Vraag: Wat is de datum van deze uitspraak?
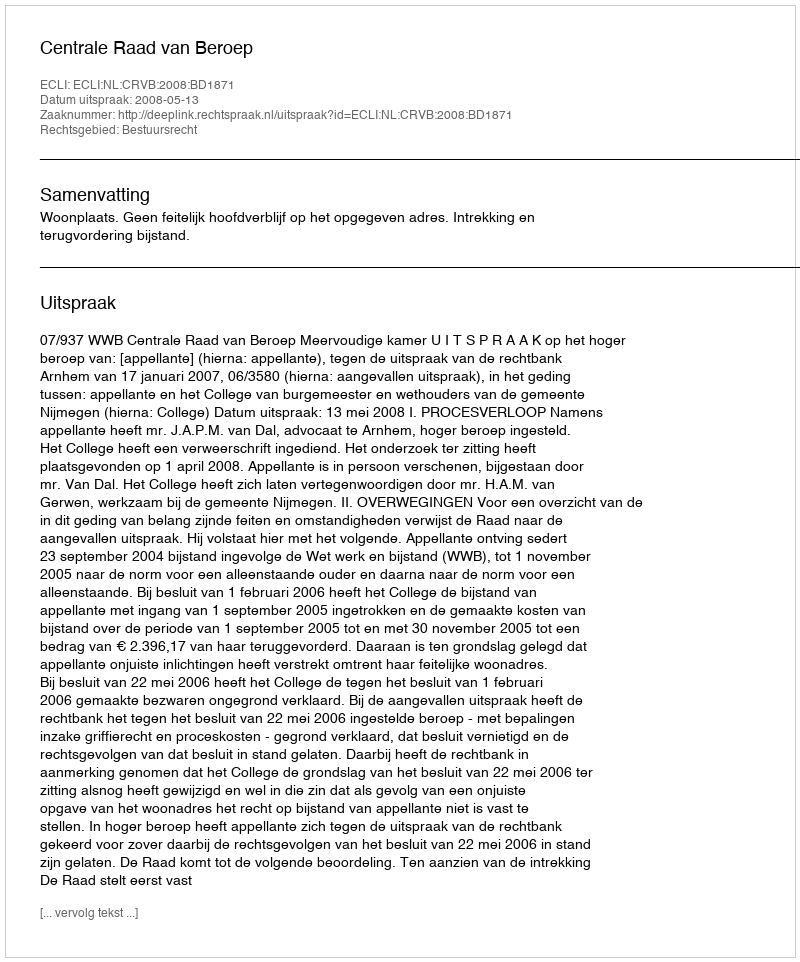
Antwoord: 2008-05-13